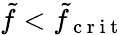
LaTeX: \tilde{f}<\tilde{f}_{\mathrm{~c~r~i~t~}}